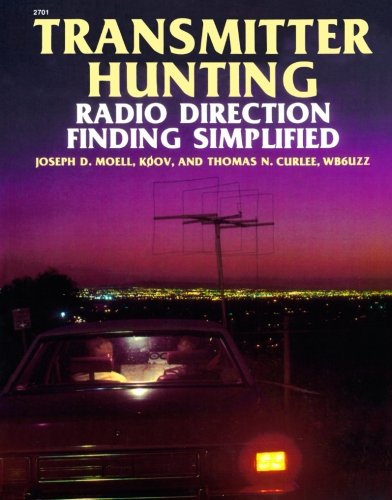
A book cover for Transmitter Hunting: Radio Direction Finding Simplified; Joseph D. Moell; Crafts, Hobbies & Home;